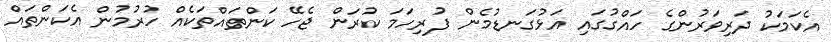
އެކަމަކު ދަރިވަރުންގެ ހައްގުގައި އަޅުގަނޑުމެން ފުރިހަމަ ކުރަން ޖެހޭ ކަންތައްތަކެއް ހުރުމުން އެކަންތައް